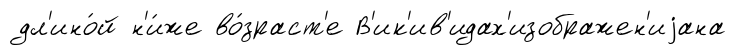
дл'ино́й н'и́же во́зраст'е В'ик'ив'идах'изображен'иjана